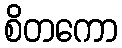
စိတကော